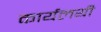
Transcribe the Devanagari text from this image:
कार्यलयी